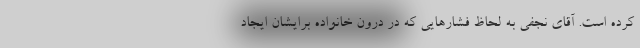
کرده است. آقای نجفی به لحاظ فشار‌هایی که در درون خانواده برایشان ایجاد